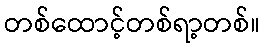
တစ်ထောင့်တစ်ရာ့တစ်။